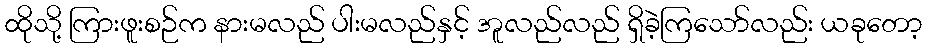
ထိုသို့ ကြားဖူးစဉ်က နားမလည် ပါးမလည်နှင့် အူလည်လည် ရှိခဲ့ကြသော်လည်း ယခုတော့